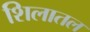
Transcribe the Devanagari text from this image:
शिलातल